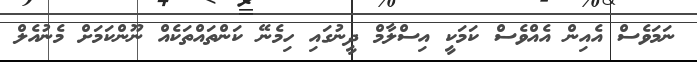
ނަމަވެސް އެއިން އެއްވެސް ކަމަކީ އިސްލާމް ދީނުގައި ހިމެނޭ ކަންތައްތަކެއް ނޫންކަމަށް މެނުއެލް